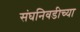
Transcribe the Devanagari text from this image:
संघनिवडीच्या